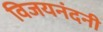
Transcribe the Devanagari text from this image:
विजयनंदनी